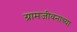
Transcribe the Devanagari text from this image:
ग्रामजीवनाच्या